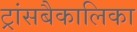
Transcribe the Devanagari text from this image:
ट्रांसबैकालिका